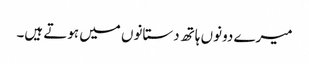
میرے دونوں ہاتھ دستانوں میں ہوتے ہیں۔